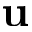
\bf { u }